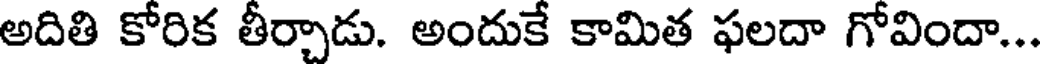
అదితి కోరిక తీర్చాడు. అందుకే కామిత ఫలదా గోవిందా...